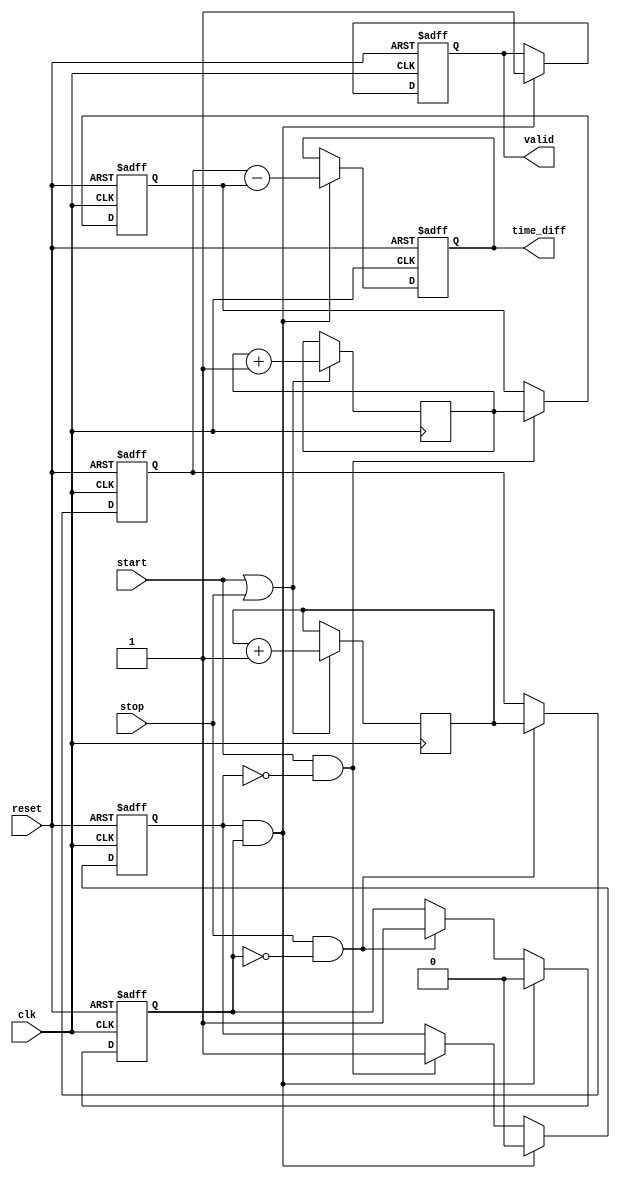
module TDC (
    input wire clk,                // High-frequency clock
    input wire start,              // Start signal
    input wire stop,               // Stop signal
    output reg [31:0] time_diff,   // Time difference output
    output reg valid,              // Valid output signal
    input wire reset               // Reset signal
);

    // Time Measurement Unit (TMU)
    reg [31:0] start_time;         // Start time stamp
    reg [31:0] stop_time;          // Stop time stamp
    reg start_flag;                // Flag to indicate start event
    reg stop_flag;                 // Flag to indicate stop event

    // Memory Block (for storing timestamps)
    reg [31:0] memory [0:1];       // Memory to store start and stop timestamps

    // Digital Processing Unit (DPU)
    always @(posedge clk or posedge reset) begin
        if (reset) begin
            start_time <= 0;
            stop_time <= 0;
            time_diff <= 0;
            valid <= 0;
            start_flag <= 0;
            stop_flag <= 0;
        end else begin
            // Capture start time
            if (start && !start_flag) begin
                start_time <= memory[0]; // Store in memory
                start_flag <= 1;
            end
            
            // Capture stop time
            if (stop && !stop_flag) begin
                stop_time <= memory[1]; // Store in memory
                stop_flag <= 1;
            end
            
            // Calculate time difference
            if (start_flag && stop_flag) begin
                time_diff <= stop_time - start_time;
                valid <= 1; // Indicate valid output
                // Reset flags for next measurement
                start_flag <= 0;
                stop_flag <= 0;
            end
        end
    end

    // Time stamping logic (incrementing counter)
    always @(posedge clk) begin
        if (start || stop) begin
            memory[0] <= memory[0] + 1; // Increment for start
            memory[1] <= memory[1] + 1; // Increment for stop
        end
    end

endmodule